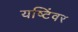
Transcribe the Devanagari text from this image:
यष्टिंवर